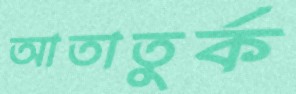
আতাতুর্ক